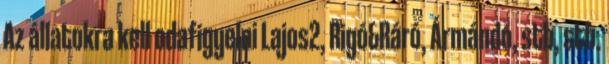
Az állatokra kell odafigyelni Lajos2, Rigó&Ráró, Ármándó, stb, stb.